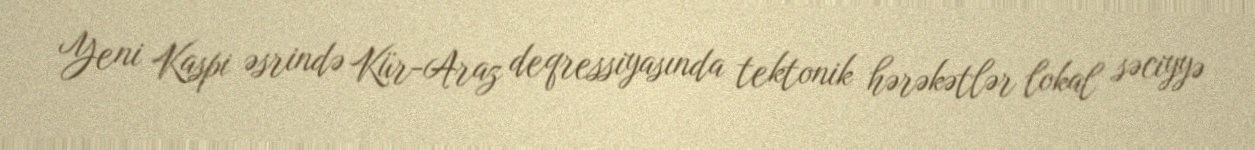
Yeni Kaspi əsrində Kür-Araz deqressiyasında tektonik hərəkətlər lokal səciyyə